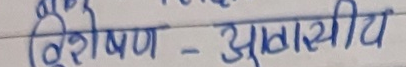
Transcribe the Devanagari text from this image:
विशेषण - आवासीय